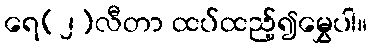
ရေ(၂)လီတာ ထပ်ထည့်၍မွှေပါ။